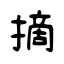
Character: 摘